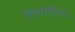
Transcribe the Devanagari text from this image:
विवोसिटी